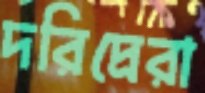
দরিদ্রেরা